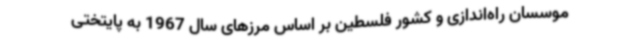
موسسان راه‌اندازی و کشور فلسطین بر اساس مرزهای سال 1967 به پایتختی